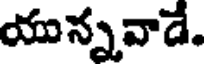
యున్నవాడే.